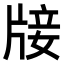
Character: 𤗈